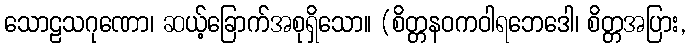
သောဠသဂုဏော၊ ဆယ့်ခြောက်အစုရှိသော။ (စိတ္တနဝကဝါရဘေဒေါ၊ စိတ္တအပြား,